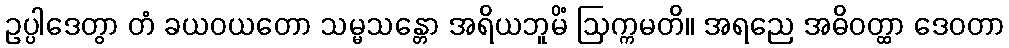
ဥပ္ပါဒေတွာ တံ ခယဝယတော သမ္မသန္တော အရိယဘူမိံ ဩက္ကမတိ။ အရညေ အဓိဝတ္ထာ ဒေဝတာ